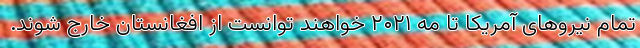
تمام نیروهای آمریکا تا مه ۲۰۲۱ خواهند توانست از افغانستان خارج شوند.